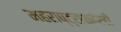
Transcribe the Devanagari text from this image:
महराष्ट्राबाहेरही